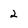
Character: 2